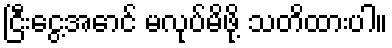
ငြီးငွေ့အောင် မလုပ်မိဖို့ သတိထားပါ။